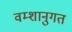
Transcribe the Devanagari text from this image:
वम्शानुगत